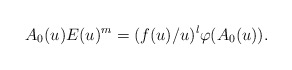
\begin{align*} A_0 (u) E(u)^m = (f(u)/u)^l \varphi (A_0 (u)).\end{align*}